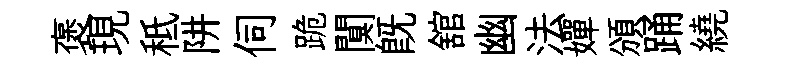
褒現秪阱伺跪闃旣舘幽法嬋頒踊繞